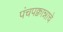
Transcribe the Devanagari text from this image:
पंचपक्वान्नाचे